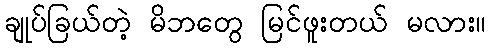
ချုပ်ခြယ်တဲ့ မိဘတွေ မြင်ဖူးတယ် မလား။